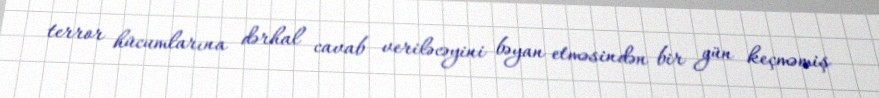
terror hücumlarına dərhal cavab veriləcəyini bəyan etməsindən bir gün keçməmiş